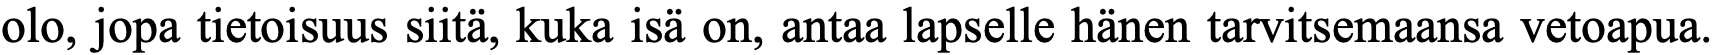
olo, jopa tietoisuus siitä, kuka isä on, antaa lapselle hänen tarvitsemaansa vetoapua.